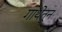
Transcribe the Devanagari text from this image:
गाथेतून